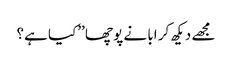
مجھے دیکھ کر ابا نے پوچھا ’’کیا ہے؟